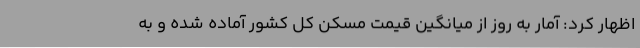
اظهار کرد: آمار به روز از میانگین قیمت مسکن کل کشور آماده شده و به